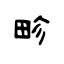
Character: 畛